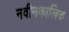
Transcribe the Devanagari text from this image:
नवीनकालिक